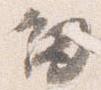
剣